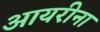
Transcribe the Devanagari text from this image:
आयरीना